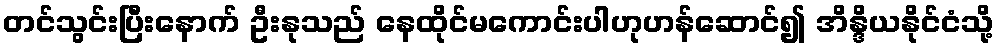
တင်သွင်းပြီးနောက် ဦးနုသည် နေထိုင်မကောင်းပါဟုဟန်ဆောင်၍ အိန္ဒိယနိုင်ငံသို့